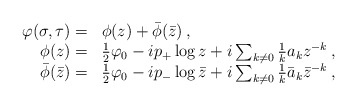
\begin{align*}\begin{array}{rl}\displaystyle \varphi (\sigma ,\tau )= & \phi (z)+\bar{\phi }(\bar{z})\: ,\\\phi (z)= & \frac{1}{2}\varphi _{0}-ip_{+}\log z+i\sum _{k\neq 0}\frac{1}{k}a_{k}z^{-k}\: ,\\\bar{\phi }(\bar{z})= & \frac{1}{2}\varphi _{0}-ip_{-}\log \bar{z}+i\sum _{k\neq 0}\frac{1}{k}\bar{a}_{k}\bar{z}^{-k}\: ,\end{array}\end{align*}